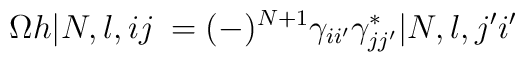
\Omega h|N,l,ij\> = (-)^{N+1}\gamma_{ii'}\gamma_{jj'}^*|N,l,j'i'\>